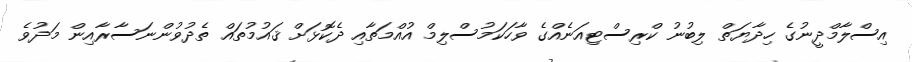
އިސްލާމްދީނުގެ ހިދާޔަތް ލިބުނު ކްރިސްޓިއަނެއްގެ ވާހަކަމުސްލިމް އުއްމަތާއި ދެކޮޅަށް ޤައުމުތައް ތެދުވުންނަސާރާއިން މަދުވެ